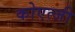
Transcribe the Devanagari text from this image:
कोएत्जी